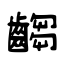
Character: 齺